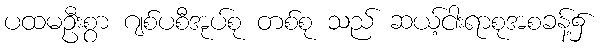
ပထမဦးစွာ ဂျစ်ပစီအုပ်စု တစ်စု သည် ဆယ့်ငါးရာစုအစခန့်၌